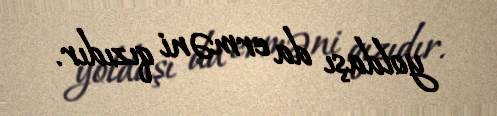
yoldaşı da erməni qızıdır.